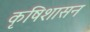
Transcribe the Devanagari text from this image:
कृषिशासन